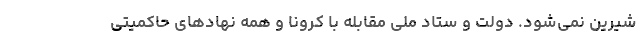
شیرین نمی‌شود. دولت و ستاد ملی مقابله با کرونا و همه نهادهای حاکمیتی